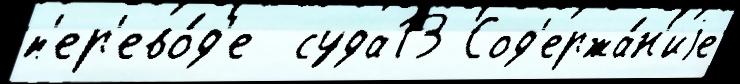
п'ер'ево́д'е  суда13 Сод'ержа́н'иjе